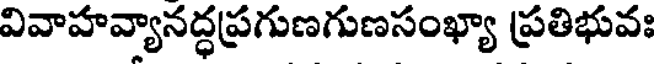
వివాహవ్యానద్ధప్రగుణగుణసంఖ్యా ప్రతిభువః